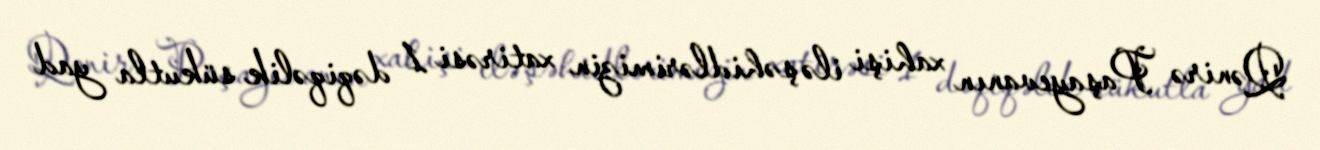
Qənirə Paşayevanın xahişi ilə şəhidlərimizin xatirəsi 1 dəqiqəlik sükutla yad